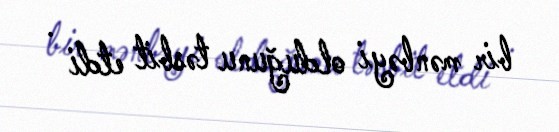
bir mənbəyi olduğunu təsbit etdi .